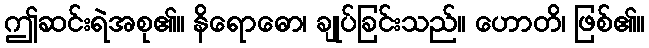
ဤဆင်းရဲအစု၏။ နိရောဓော၊ ချုပ်ခြင်းသည်။ ဟောတိ၊ ဖြစ်၏။